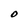
Character: O